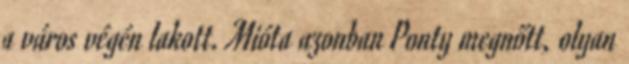
a város végén lakott. Mióta azonban Ponty megnőtt, olyan